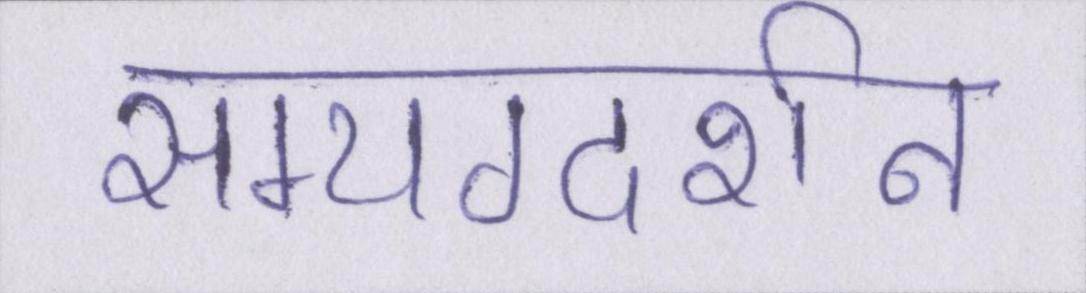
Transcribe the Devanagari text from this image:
सम्यग्दर्शन